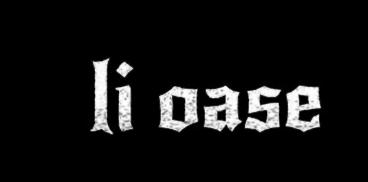
li oase